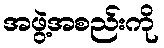
အဖွဲ့အစည်းကို